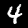
Label: 4